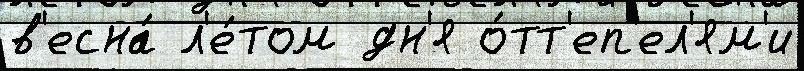
в'есна́ л'е́том дн'я о́тт'еп'ел'ям'и